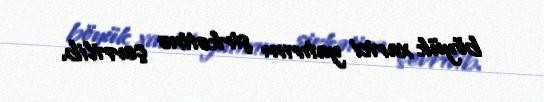
böyük xarici yatırım şirkətinə çevrilib.